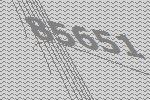
85651